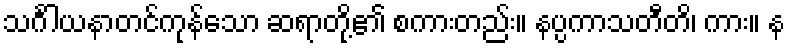
သင်္ဂါယနာတင်ကုန်သော ဆရာတို့၏ စကားတည်း။ နပ္ပကာသတီတိ၊ ကား။ န